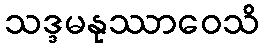
သဒ္ဒမနုဿာဝေသိ